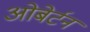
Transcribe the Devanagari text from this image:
ओबेर्टन